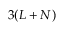
3 ( L + N )